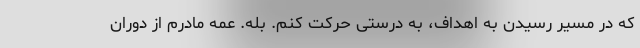
که در مسیر رسیدن به اهداف، به درستی حرکت کنم. بله. عمه مادرم از دوران